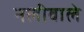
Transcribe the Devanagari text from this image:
नलीवाले